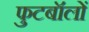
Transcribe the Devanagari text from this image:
फुटबॉलों